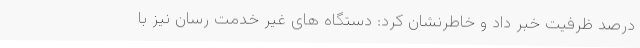
درصد ظرفیت خبر داد و خاطرنشان کرد: دستگاه های غیر خدمت رسان نیز با